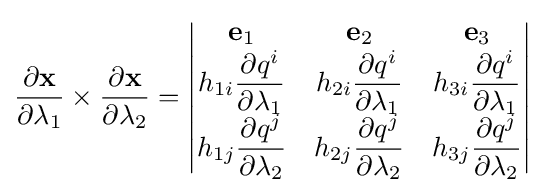
{\partial \mathbf {x}  \over \partial \lambda _{1}}\times {\partial \mathbf {x}  \over \partial \lambda _{2}}={\begin{vmatrix}\mathbf {e} _{1}&\mathbf {e} _{2}&\mathbf {e} _{3}\\h_{1i}{\dfrac {\partial q^{i}}{\partial \lambda _{1}}}&h_{2i}{\dfrac {\partial q^{i}}{\partial \lambda _{1}}}&h_{3i}{\dfrac {\partial q^{i}}{\partial \lambda _{1}}}\\h_{1j}{\dfrac {\partial q^{j}}{\partial \lambda _{2}}}&h_{2j}{\dfrac {\partial q^{j}}{\partial \lambda _{2}}}&h_{3j}{\dfrac {\partial q^{j}}{\partial \lambda _{2}}}\end{vmatrix}}